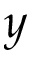
y